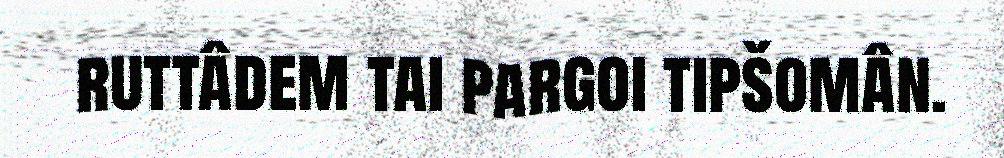
ruttâdem tai pargoi tipšomân.